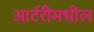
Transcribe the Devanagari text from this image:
आर्टरीमधील